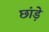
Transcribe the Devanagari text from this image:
छांड़े